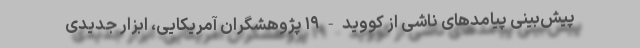
پیش‌بینی پیامدهای ناشی از کووید-۱۹ پژوهشگران آمریکایی، ابزار جدیدی